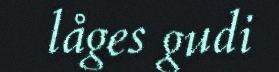
låges gudi